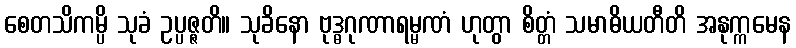
စေတသိကမ္ပိ သုခံ ဥပ္ပဇ္ဇတိ။ သုခိနော ဗုဒ္ဓဂုဏာရမ္မဏံ ဟုတွာ စိတ္တံ သမာဓိယတီတိ အနုက္ကမေန